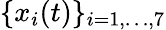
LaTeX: \{ x_{i}(t)\} _{i=1,\ldots,7}